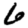
Digit: 6